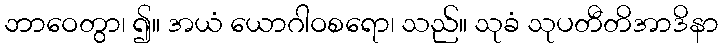
ဘာဝေတွာ၊ ၍။ အယံ ယောဂါဝစရော၊ သည်။ သုခံ သုပတီတိအာဒိနာ